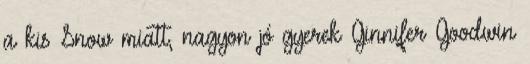
a kis Snow miatt, nagyon jó gyerek Ginnifer Goodwin